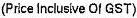
(PRICE INCLUSIVE OF GST)